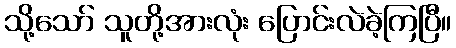
သို့သော် သူတို့အားလုံး ပြောင်းလဲခဲ့ကြပြီ။